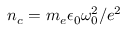
n _ { c } = m _ { e } \epsilon _ { 0 } \omega _ { 0 } ^ { 2 } / e ^ { 2 }